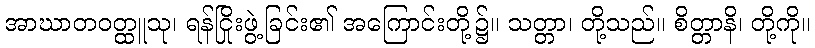
အာဃာတဝတ္ထူသု၊ ရန်ငြိုးဖွဲ့ခြင်း၏ အကြောင်းတို့၌။ သတ္တာ၊ တို့သည်။ စိတ္တာနိ၊ တို့ကို။